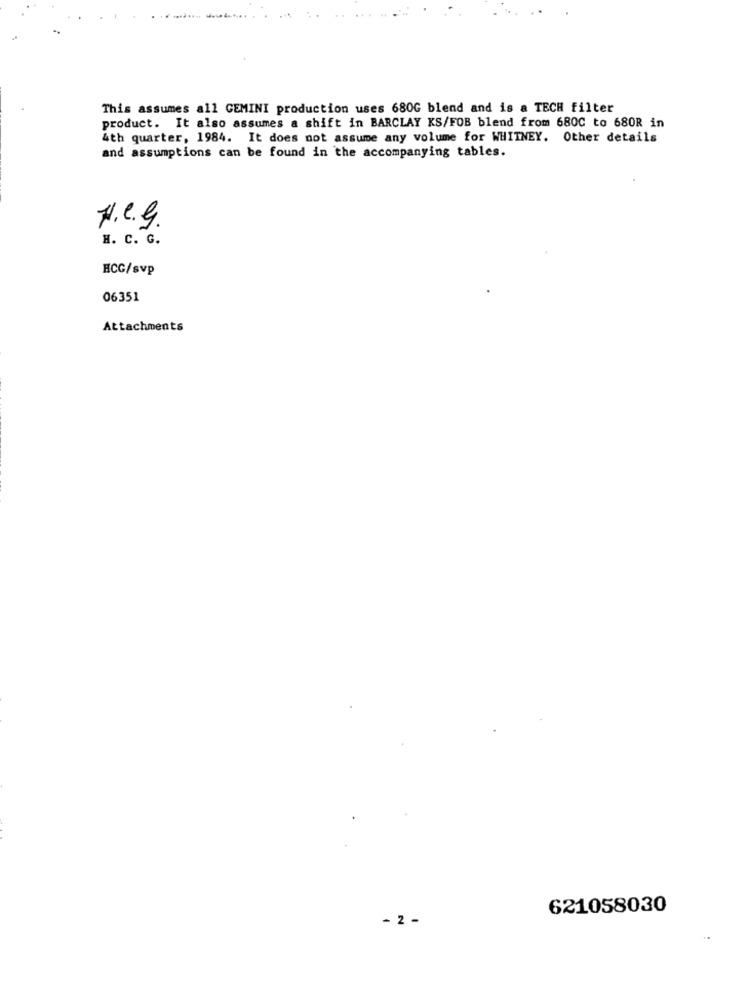
This assumes all GEMINI production uses 680G blend and is a TECH filter
product. It also assumes a shift in BARCLAY KS/FOB blend from 680C to 680R in
4th quarter, 1984. It does not assume any volume for WHITNEY. Other details
and assumptions can be found in the accompanying tables.
N.C.g.
H. C. G.
HCG/svp
06351
Attachments
621058030
- 2 -